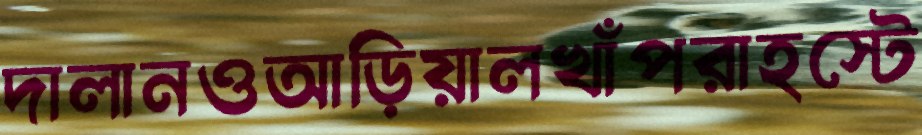
দালানওআড়িয়ালখাঁপরাহস্টে